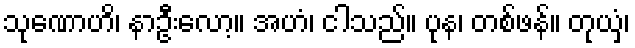
သုဏောဟိ၊ နာဦးလော့။ အဟံ၊ ငါသည်။ ပုန၊ တစ်ဖန်။ တုယှံ၊